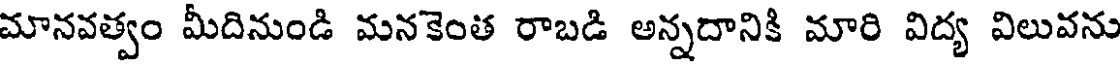
మానవత్వం మీదినుండి మనకెంత రాబడి అన్నదానికి మారి విద్య విలువను